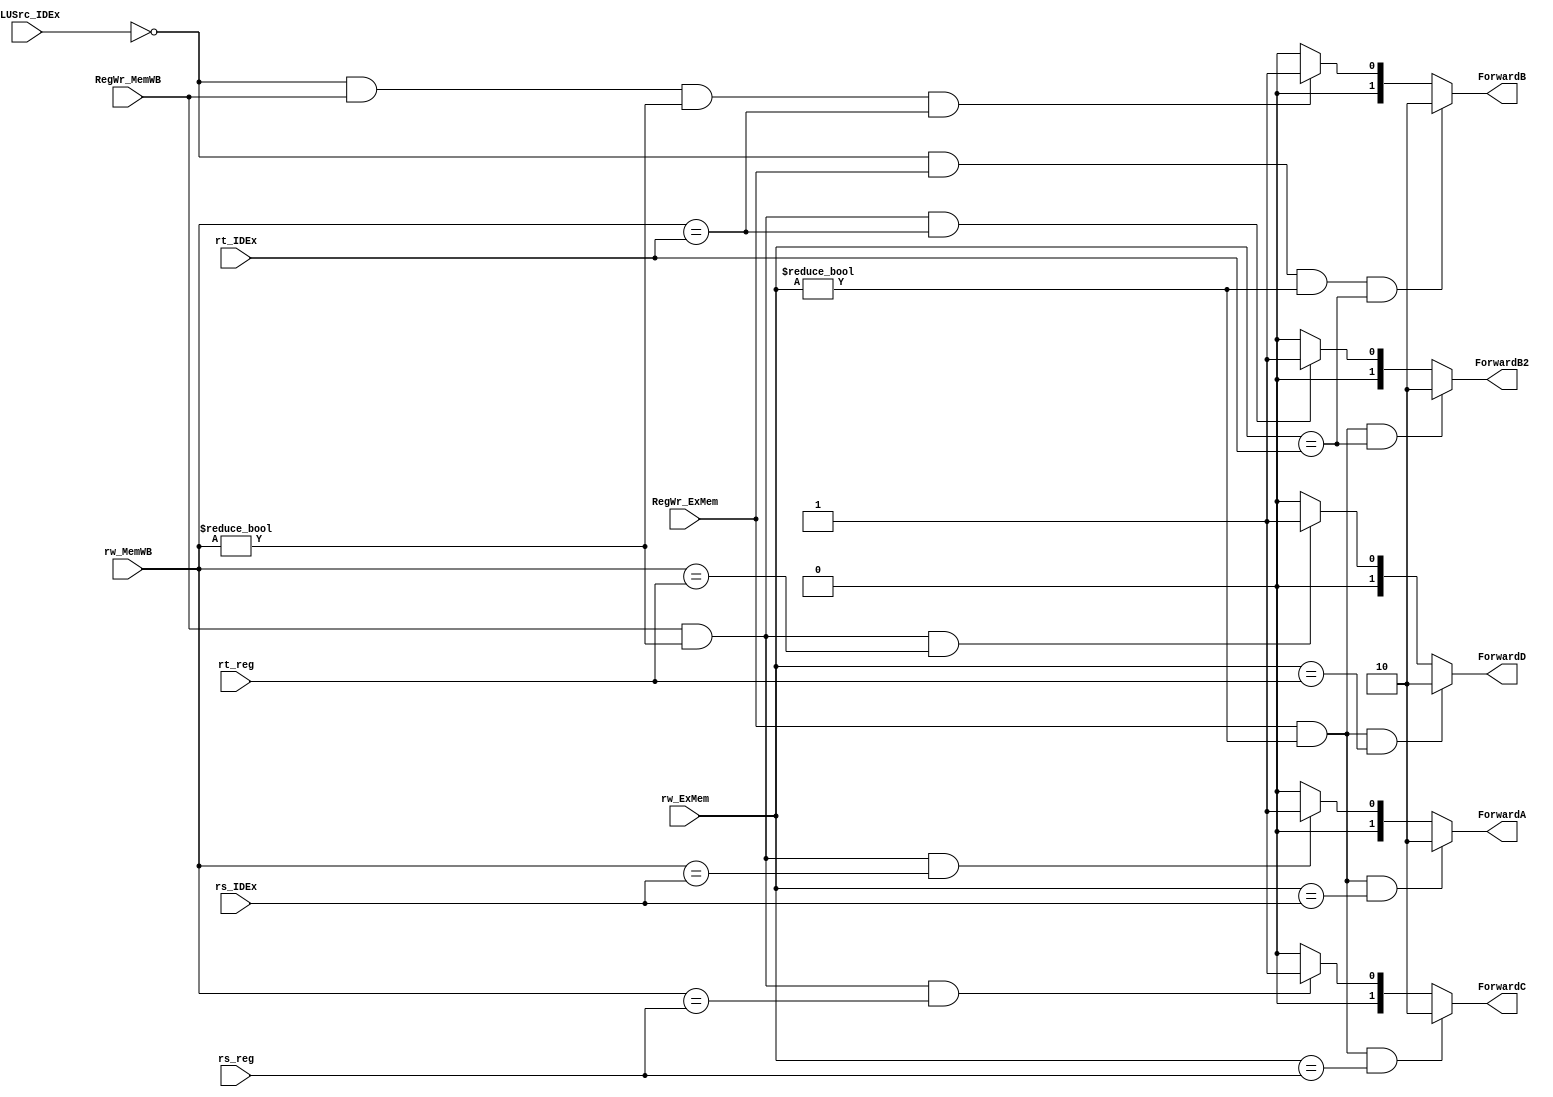
module ForwardingUnit(rs_reg, rt_reg, rs_IDEx, rt_IDEx, rw_ExMem, rw_MemWB, RegWr_ExMem, RegWr_MemWB, ALUSrc_IDEx, ForwardA, ForwardB, ForwardB2, ForwardC, ForwardD);
	input [4:0] rs_IDEx, rt_IDEx, rw_ExMem, rw_MemWB, rs_reg, rt_reg;
	input RegWr_ExMem, RegWr_MemWB, ALUSrc_IDEx;

	output reg [1:0] ForwardA, ForwardB, ForwardB2, ForwardC, ForwardD;

	always @(*)
	begin

	//ForwardA
	if(RegWr_ExMem && (rw_ExMem != 5'b00000) && (rw_ExMem == rs_IDEx))
	begin
		ForwardA <= 2'b10;
	end
	else if(RegWr_MemWB && (rw_MemWB != 5'b00000) && (rw_MemWB == rs_IDEx))
	begin
		ForwardA <= 2'b01;
	end
	else
	begin
		ForwardA <= 2'b00;
	end

	//ForwardB
	if(!ALUSrc_IDEx && RegWr_ExMem && (rw_ExMem != 5'b00000) && (rw_ExMem == rt_IDEx))
	begin
		ForwardB <= 2'b10;
	end
	else if(!ALUSrc_IDEx && RegWr_MemWB && (rw_MemWB != 5'b00000) && (rw_MemWB == rt_IDEx))
	begin
		ForwardB <= 2'b01;
	end
	else
	begin
		ForwardB <= 2'b00;
	end
	
	//ForwardB2
	if(RegWr_ExMem && (rw_ExMem != 5'b00000) && (rw_ExMem == rt_IDEx))
	begin
		ForwardB2 <= 2'b10;
	end
	else if(RegWr_MemWB && (rw_MemWB != 5'b00000) && (rw_MemWB == rt_IDEx))
	begin
		ForwardB2 <= 2'b01;
	end
	else
	begin
		ForwardB2 <= 2'b00;
	end

	//ForwardC
	if(RegWr_ExMem && (rw_ExMem != 5'b00000) && (rw_ExMem == rs_reg))
	begin
		ForwardC <= 2'b10;
	end
	else if(RegWr_MemWB && (rw_MemWB != 5'b00000) && (rw_MemWB == rs_reg))
	begin
		ForwardC <= 2'b01;
	end
	else
	begin
		ForwardC <= 2'b00;
	end

	//ForwardD
	if(RegWr_ExMem && (rw_ExMem != 5'b00000) && (rw_ExMem == rt_reg))
	begin
		ForwardD <= 2'b10;
	end
	else if(RegWr_MemWB && (rw_MemWB != 5'b00000) && (rw_MemWB == rt_reg))
	begin
		ForwardD <= 2'b01;
	end
	else
	begin
		ForwardD <= 2'b00;
	end
	
	end

endmodule // ForwardingUnit